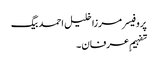
پروفیسر مرزا خلیل احمد بیگ
تفہیمِ عرفان ۔